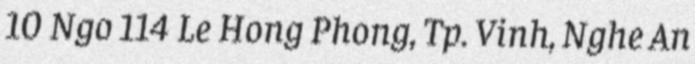
10 Ngo 114 Le Hong Phong, Tp. Vinh, Nghe An